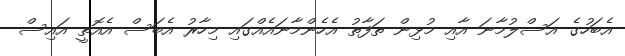
އެބަހުގެ އަސްލުމާނަ އާއި މުޅިން ތަފާތު އެހެންމާނައެއްގައި މިހާރު އެބަސް އެއޮތީ އައިސް